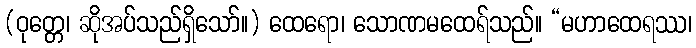
(ဝုတ္တေ၊ ဆိုအပ်သည်ရှိသော်။) ထေရော၊ သောဏမထေရ်သည်။ “မဟာထေရဿ၊